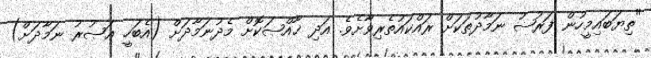
"ތިޔަބައިމީހުން ފަރުޟު ނަމާދުތަކަށް ރައްކައުތެރިވާށެވެ. އަދި ޚާއްޞަކޮށް މެދުނަމާދަށް (އެބަހީ ޢަޞުރު ނަމާދަށް)